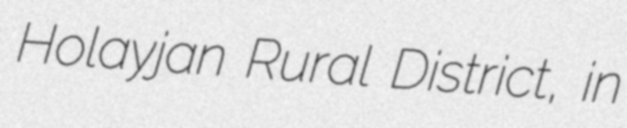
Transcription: Holayjan Rural District, in